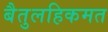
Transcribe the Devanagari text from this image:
बैतुलहिकमत